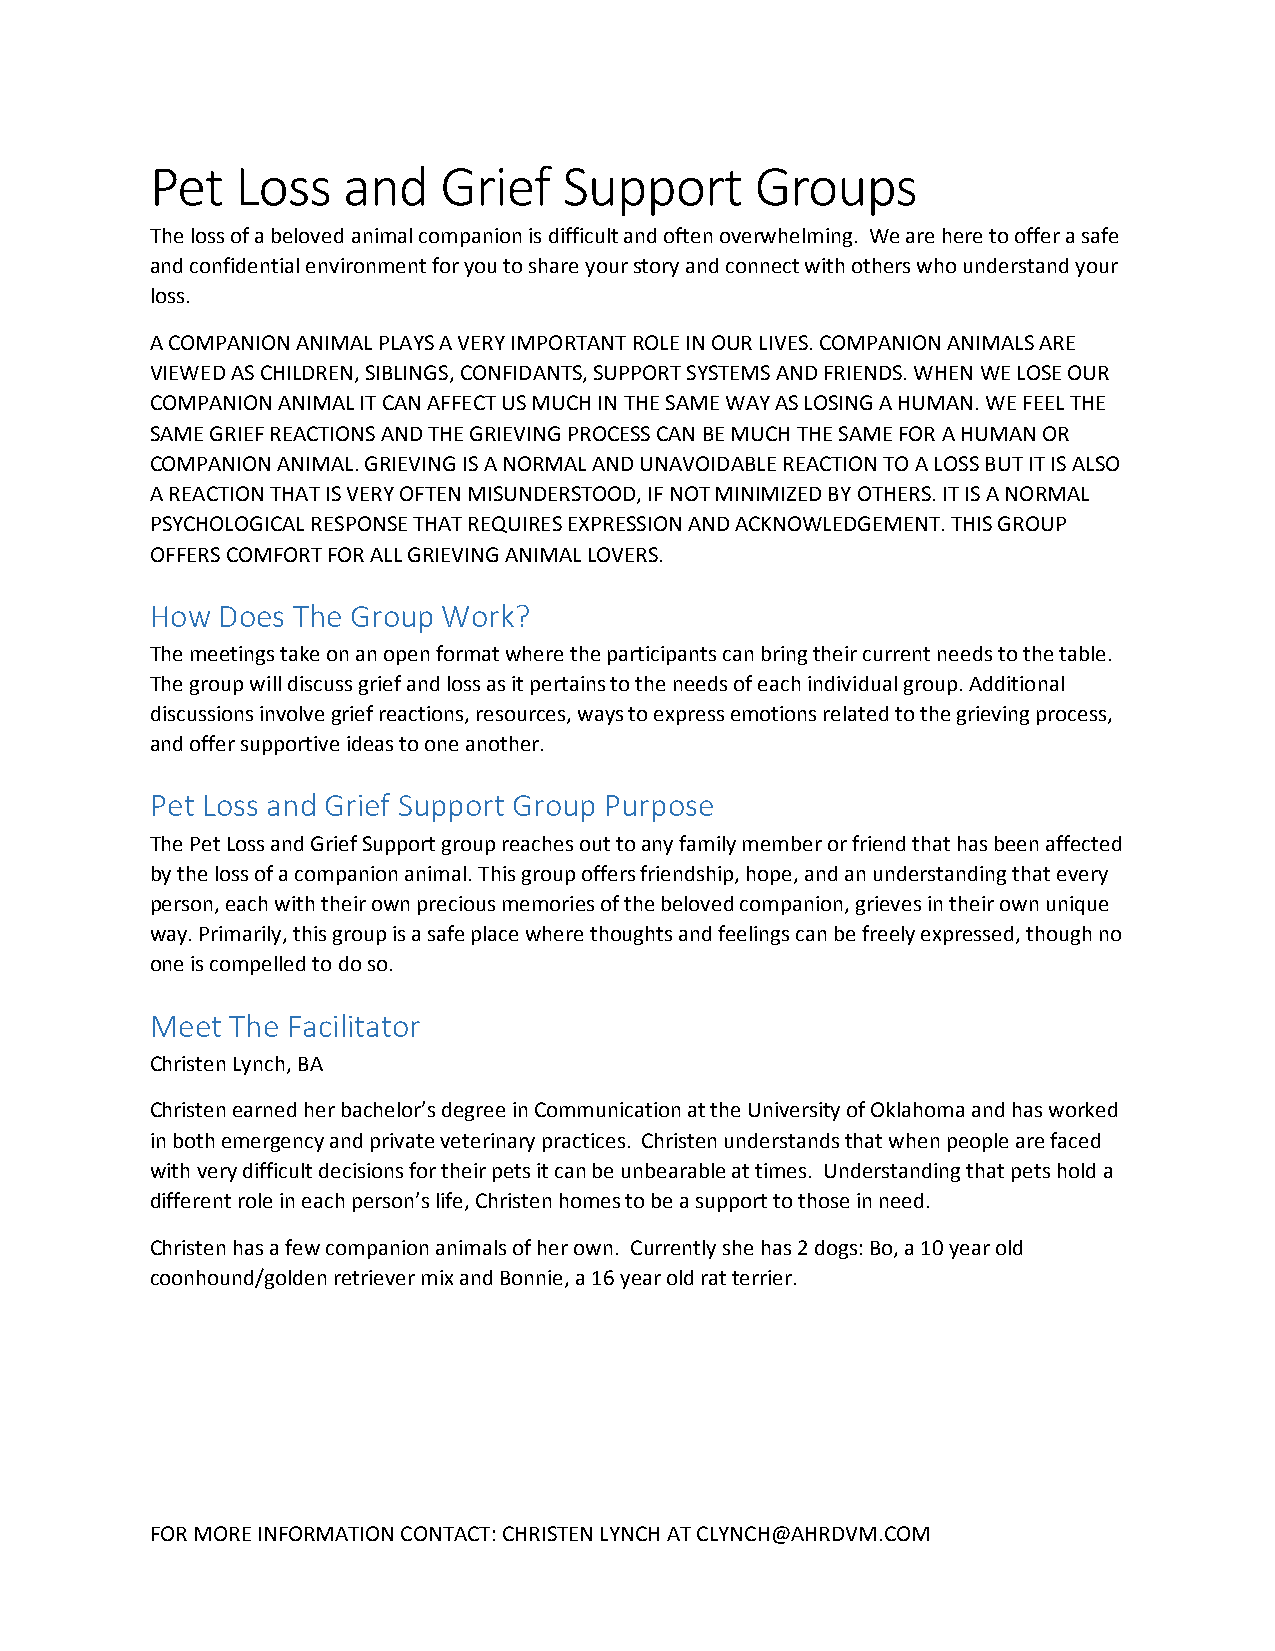
Pet   Loss   and   Grief   Support      Groups
 The loss of a beloved animal companion is difficult and often overwhelming. We are here to offer a safe
 and confidential environment for you to share your story and connect with others who understand your
 loss.
 A COMPANION ANIMAL PLAYS A VERY IMPORTANT ROLE IN OUR LIVES. COMPANION ANIMALS ARE
 VIEWED AS CHILDREN, SIBLINGS, CONFIDANTS, SUPPORT SYSTEMS AND FRIENDS. WHEN WE LOSE OUR
 COMPANION ANIMAL IT CAN AFFECT US MUCH IN THE SAME WAY AS LOSING A HUMAN. WE FEEL THE
 SAME GRIEF REACTIONS AND THE GRIEVING PROCESS CAN BE MUCH THE SAME FOR A HUMAN OR
 COMPANION ANIMAL. GRIEVING IS A NORMAL AND UNAVOIDABLE REACTION TO A LOSS BUT IT IS ALSO
 A REACTION THAT IS VERY OFTEN MISUNDERSTOOD, IF NOT MINIMIZED BY OTHERS. IT IS A NORMAL
 PSYCHOLOGICAL RESPONSE THAT REQUIRES EXPRESSION AND ACKNOWLEDGEMENT. THIS GROUP
 OFFERS COMFORT FOR ALL GRIEVING ANIMAL LOVERS.
 How Does The Group Work?
 The meetings take on an open format where the participants can bring their current needs to the table.
 The group will discuss grief and loss as it pertains to the needs of each individual group. Additional
 discussions involve grief reactions, resources, ways to express emotions related to the grieving process,
 and offer supportive ideas to one another.
 Pet Loss and Grief Support Group Purpose
 The Pet Loss and Grief Support group reaches out to any family member or friend that has been affected
 by the loss of a companion animal. This group offers friendship, hope, and an understanding that every
 person, each with their own precious memories of the beloved companion, grieves in their own unique
 way. Primarily, this group is a safe place where thoughts and feelings can be freely expressed, though no
 one is compelled to do so.
 Meet The Facilitator
 Christen Lynch, BA
 Christen earned her bachelor’s degree in Communication at the University of Oklahoma and has worked
 in both emergency and private veterinary practices. Christen understands that when people are faced
 with very difficult decisions for their pets it can be unbearable at times. Understanding that pets hold a
 different role in each person’s life, Christen homes to be a support to those in need.
 Christen has a few companion animals of her own. Currently she has 2 dogs: Bo, a 10 year old
 coonhound/golden retriever mix and Bonnie, a 16 year old rat terrier.
 FOR MORE INFORMATION CONTACT: CHRISTEN LYNCH AT CLYNCH@AHRDVM.COM